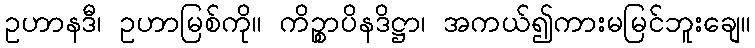
ဥဟာနဒီ၊ ဥဟာမြစ်ကို။ ကိဉ္စာပိနဒိဋ္ဌာ၊ အကယ်၍ကားမမြင်ဘူးချေ။